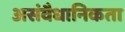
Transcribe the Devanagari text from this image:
असंवैधानिकता